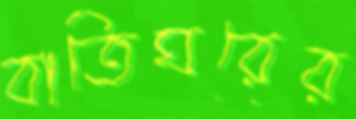
বাতিঘরের